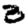
Digit: 2